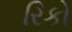
રિકો